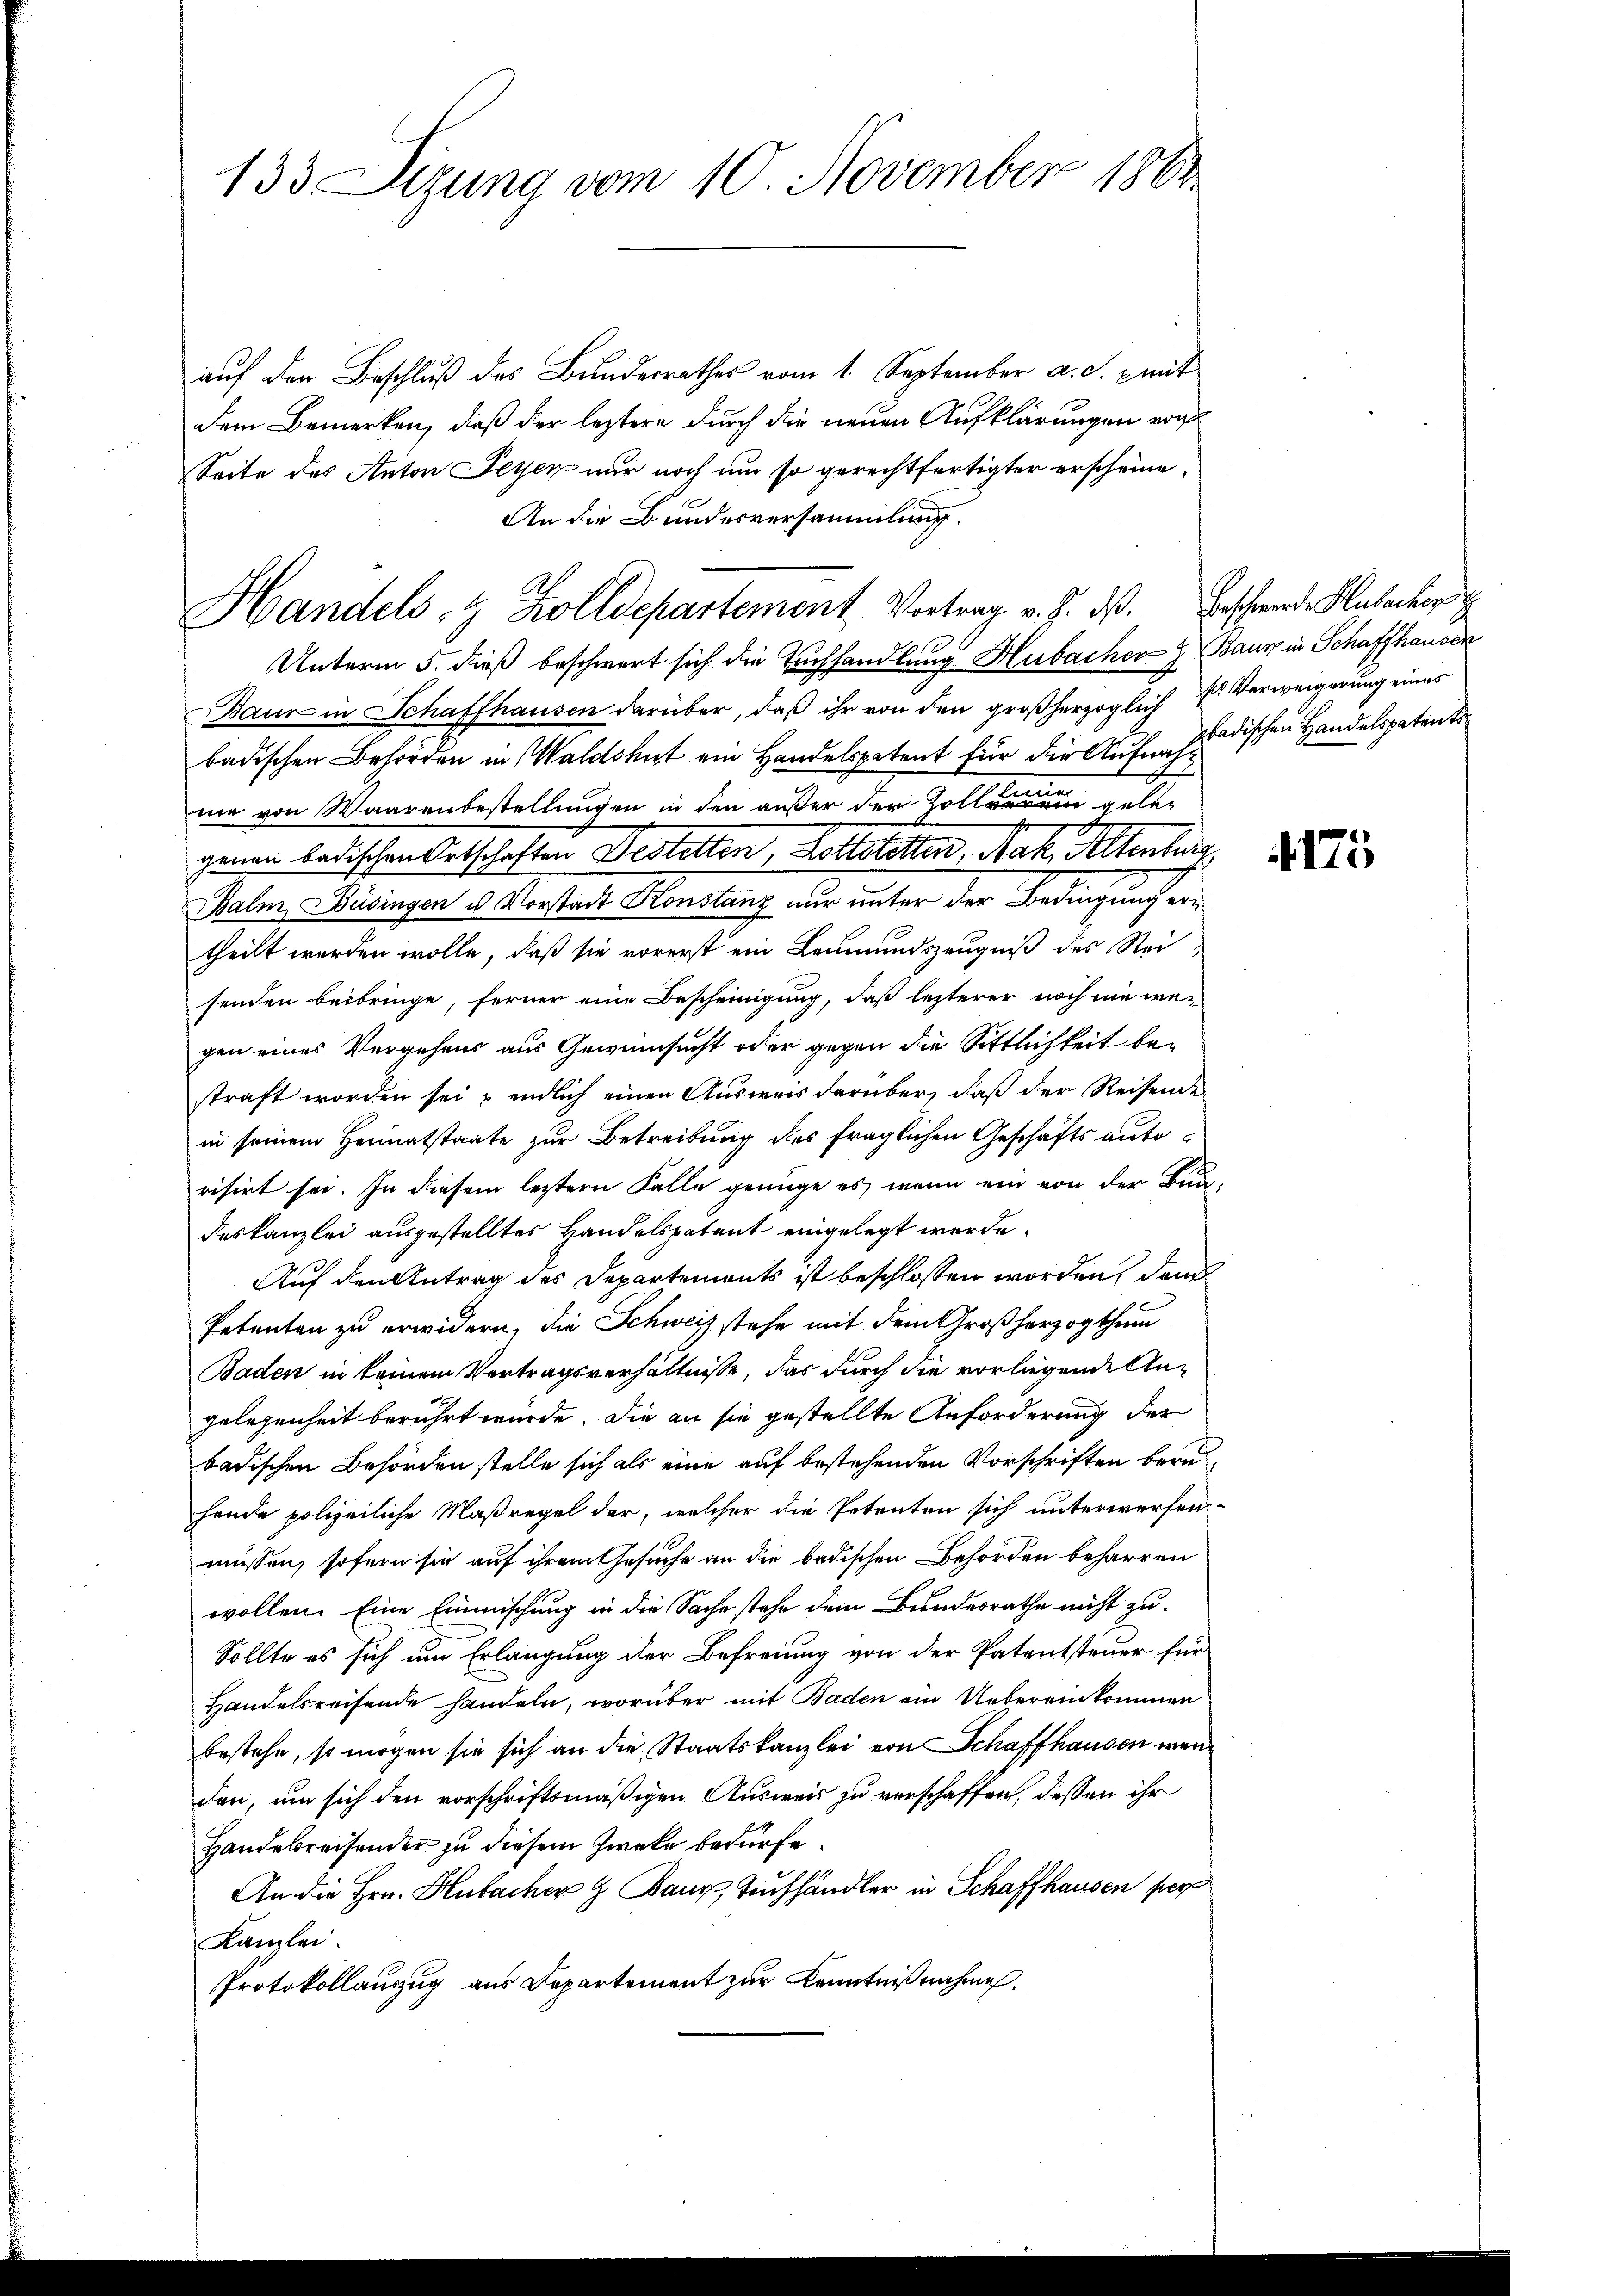
133 Sizung vom 10. November 1861

auf den Beschluß des Bundesrathes vom 1. September a. S. 8 mit
dem Bemerken, daß der leztere durch die neuen Aufklärungen von
Seite des Anton Seyen nur noch um so gerechtfertigter erscheine¬
An die Bundesversammlung.
Unterm 5. dieß beschwert sich die Buchhandlung Hubacher & Baur in Schaffhausen
Baur in Schaffhausen darüber, daß ihr von den großherzoglich zur Verweigerung eines
badischen Behörden in Waldshut ein Handelspatent für die Aufnahme von Waarenbestellungen in den außer der Kollen gelegenen bedischen Ortschaften Bestetten, Kollatotten, Nah, Altenburg
Balm, Biringen es Vorstadt Konstanz nur unter der Bedingung ertheilt worden wolle, daß sie vorerst ein Leumundszeugniß des Reisenden beibringe, ferner eine Bescheinigung, daß lezterer noch nie we-
gen eines Vergehens aus Gewinnsucht oder gegen die Sittlichkeit bestraft worden sei & endlich einen Ausweis darüber, daß der Reisende
in seinem Heimatstaate zur Betreibung dies fraglichen Geschäfts autorisirt sei. In diesem leztern Falle genüge es, wenn ein von der Burge
deskanzlei ausgestelltes Handelspatent eingelegt werde.
Auf den Antrag des Departements ist beschlossen worden, dam
Petenten zu erwidern, die Schweiz stehe mit dem Großherzogthum
Baden in keinem Vertragsverhältnisse, das durch die vorliegende Angelegenheit berührt wurde. Die an sie gestellte Anforderung der
badischen Behörden stelle sich als eine auf bestehenden Vorschriften beruhende polizeiliche Maßregel der, welcher die Petenten sich unterwerfen
müssen, sofern sie auf ihrem Gesuche an die badischen Behörden beharren
wollen. Eine Einmischung in die Sache stehe dem Bundesrathe nicht zu-
Sollte es sich um Erlangung der Befreiung von der Patentsteuer für
Handelsreisende handeln, worüber mit Baden ein Uebereinkommen
bestehe, so mögen sie sich an die Staatskanzlei von Schaffhausen werden, um sich den vorschriftsmäßigen Ausweis zu verschaffen, dessen ihr
Handebreisender zu diesem Zwecke bedürfe.
An die Hrn. Hubacher H. Bauz Tuchhändler in Schaffhausen per
Kanzlei.
Protokollauszug aus Departement zur Kenntnißnahmen.

Handels- & Zolldepartement Vortrag v. J. dß. Beschwerde Hubacher

badischen Handelspatent

4175